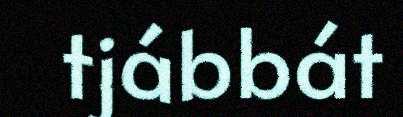
tjábbát